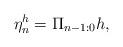
LaTeX: \begin{align*}\eta_n^h=\Pi_{n-1:0}h,\end{align*}